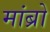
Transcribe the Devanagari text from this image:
मांब्रो